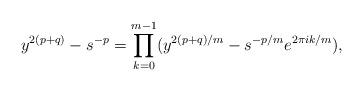
LaTeX: \begin{align*}y^{2(p+q)}-s^{-p}=\prod_{k=0}^{m-1}(y^{2(p+q)/m}-s^{-p/m}e^{2\pi i k/m}),\end{align*}